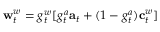
\mathbf { w } _ { t } ^ { w } = g _ { t } ^ { w } [ g _ { t } ^ { a } \mathbf { a } _ { t } + ( 1 - g _ { t } ^ { a } ) \mathbf { c } _ { t } ^ { w } ]